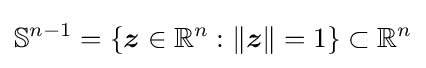
\mathbb {S} ^{n-1}=\{{\boldsymbol {z}}\in \mathbb {R} ^{n}:\lVert {\boldsymbol {z}}\rVert =1\}\subset \mathbb {R} ^{n}